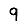
Digit: 9